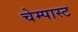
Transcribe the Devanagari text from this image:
चेम्पास्ट